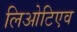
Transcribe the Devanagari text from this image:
लिओटिएव